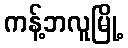
ကန့်ဘလူမြို့